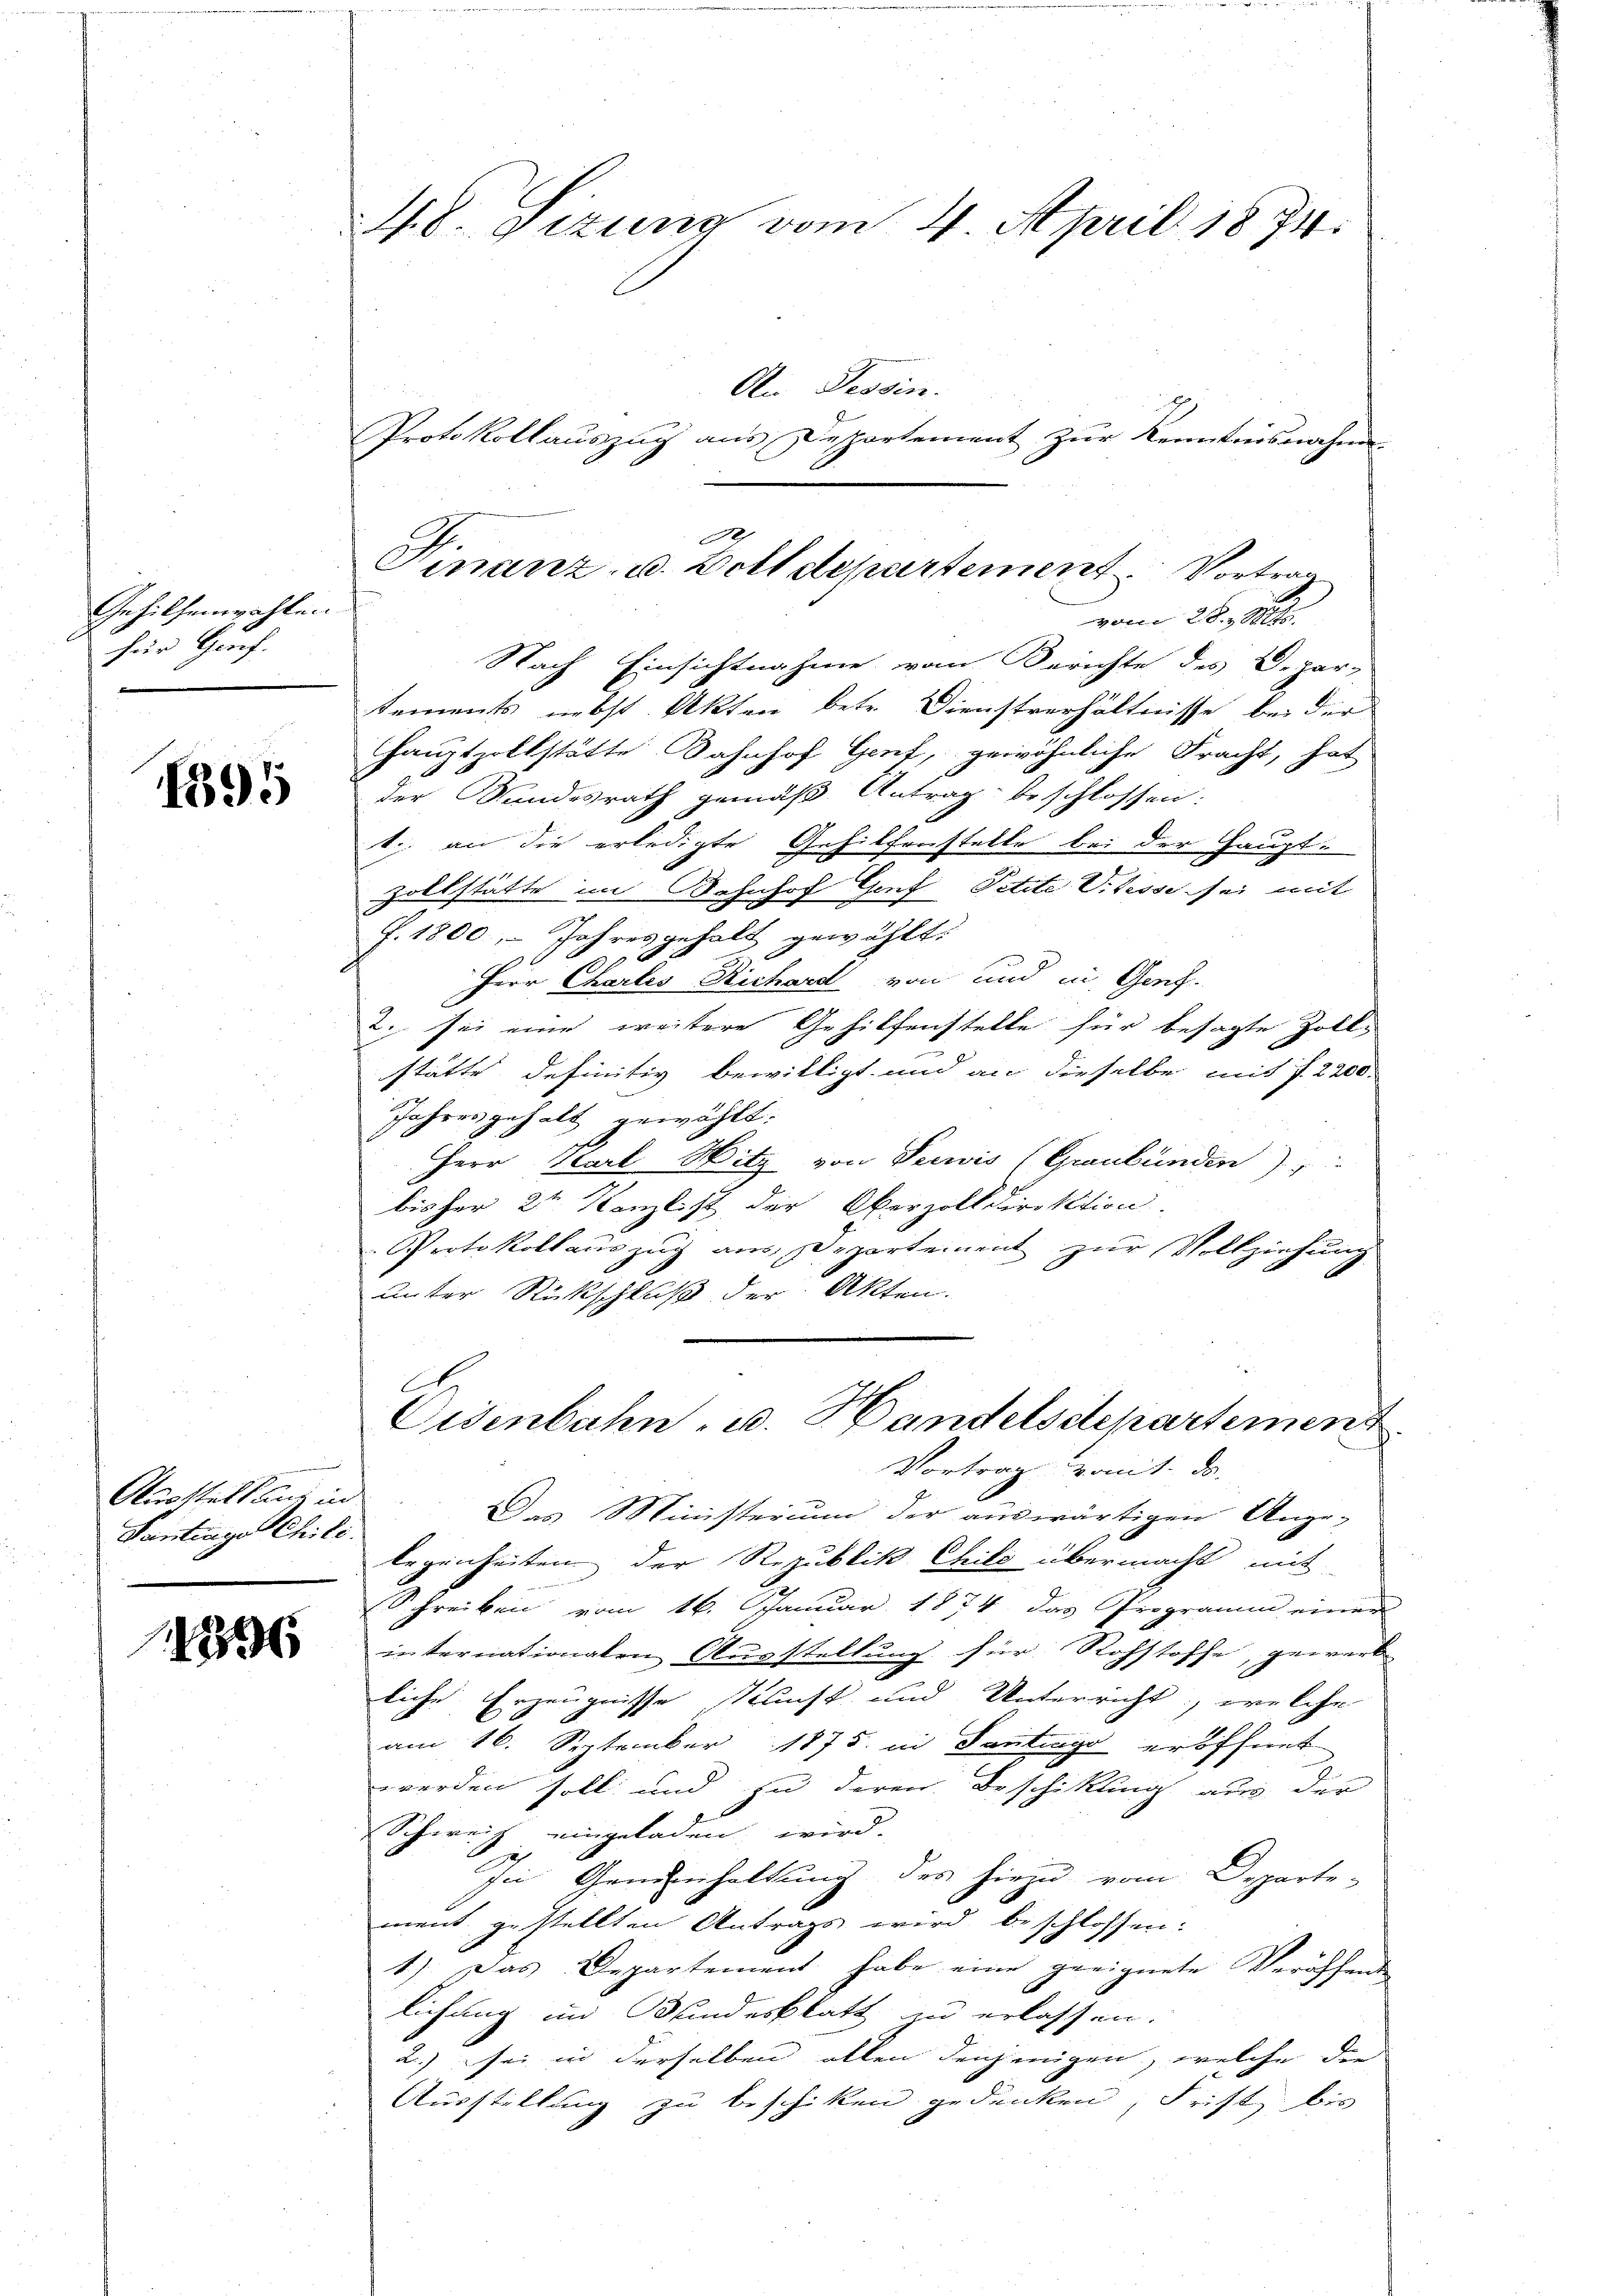
Gehilfenwahlen
für Genf.

1395

Ausstelt und in
Kontrage Chile.

1856

8. Sizung vom 4. April 1874.

An Tessin.
Protokollauszug aus Departement zur Kenntnisnahme
vom 28. Mltr.
Nach Einsichtnahme vom Berichte des Depar-
tements nebst Akten betr. Dienstverhältnisse bei der
Hauptzollstätte Bahnhof Gent, gewöhnliche Fracht, hat
der Wundesrath gemäß Antrag beschlossen:
k. an die erledigte Gehilfenstelle bei der Hauptzollstätte im Bahnhof Genf, Petite V. Sesse sei mit
J. 1800, – Jahresgehalt gewählt.
Herr Charlis Richard von und in Genf.
2. sei eine weitere Gehilfenstelle für besagte Zolls
stätte definitiv bewilligt und an dieselbe mit 7. 2200.
Jahresgehalt gewählt.
Herr Karl Hitz von Seewis (Graubünden),
bisher 2ten Kanzlist der Oberzolldirektion.
Protokollauszug aus Departement zur Vollziehung
unter Rückschluß der Akten.
E
Eisenbahn, u. Handelsdepartement
Vortrag womit. ds.
Das Ministerium der auswärtigen Ange-
legenheiten der Republik Chils übermacht mit
Schreiben vom 16. Januar 1874 das Programm einer
internationalen Ausstellung für Rohstoffe, gewerb
liche Erzeugnisse kauft und Unterricht, welche
am 16. September 1875. in Santrags eröffnet
werden soll und zu deren Beschikung aus der
Schweiz eingeladen wird.
In Geneinhaltung des hiezu vom Departe-
ment gestellten Antrags wird beschlossen:
1) Das Departement habe eine geeignete Veröffens
lichung im Blindesblatt zu erlassen.
2.) sei in derselben allen denjenigen, welche die
Ausstellung zu beschiken gedenken, Frist bis

22
Finanz- u. Bell departement. Vortrag